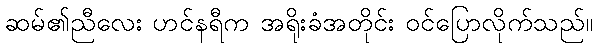
ဆမ်၏ညီလေး ဟင်နရီက အရိုးခံအတိုင်း ဝင်ပြောလိုက်သည်။